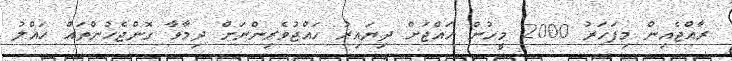
ރާއްޖެއިން މިފަހަރު 2000 މީހުން ހައްޖަށް ދިޔައިރު ހައްޖުވެރިންނަށް ދިމާވާ ގޮންޖެހުންތައް ހައްލު